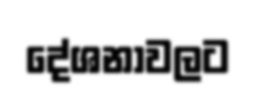
දේශනාවලට